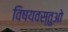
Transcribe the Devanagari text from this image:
विषयवस्तुओ